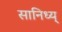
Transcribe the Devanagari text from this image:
सानिध्य्